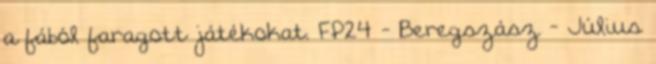
a fából faragott játékokat. FP24 - Beregszász - Július